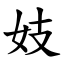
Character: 妓